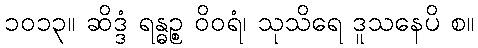
၁၀၁၃။ ဆိဒ္ဒံ ရန္ဓဉ္စ ဝိဝရံ၊ သုသိရေ ဒူသနေပိ စ။